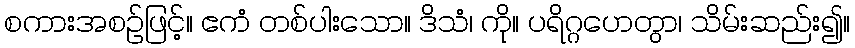
စကားအစဉ်ဖြင့်။ ဧကံ တစ်ပါးသော။ ဒိသံ၊ ကို။ ပရိဂ္ဂဟေတွာ၊ သိမ်းဆည်း၍။